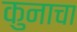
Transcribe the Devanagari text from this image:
कुनाचा